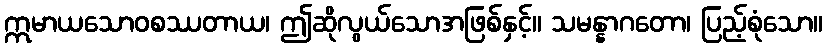
ဣမာယသောဝစဿတာယ၊ ဤဆိုလွယ်သောအဖြစ်နှင့်။ သမန္နာဂတော၊ ပြည့်စုံသော။